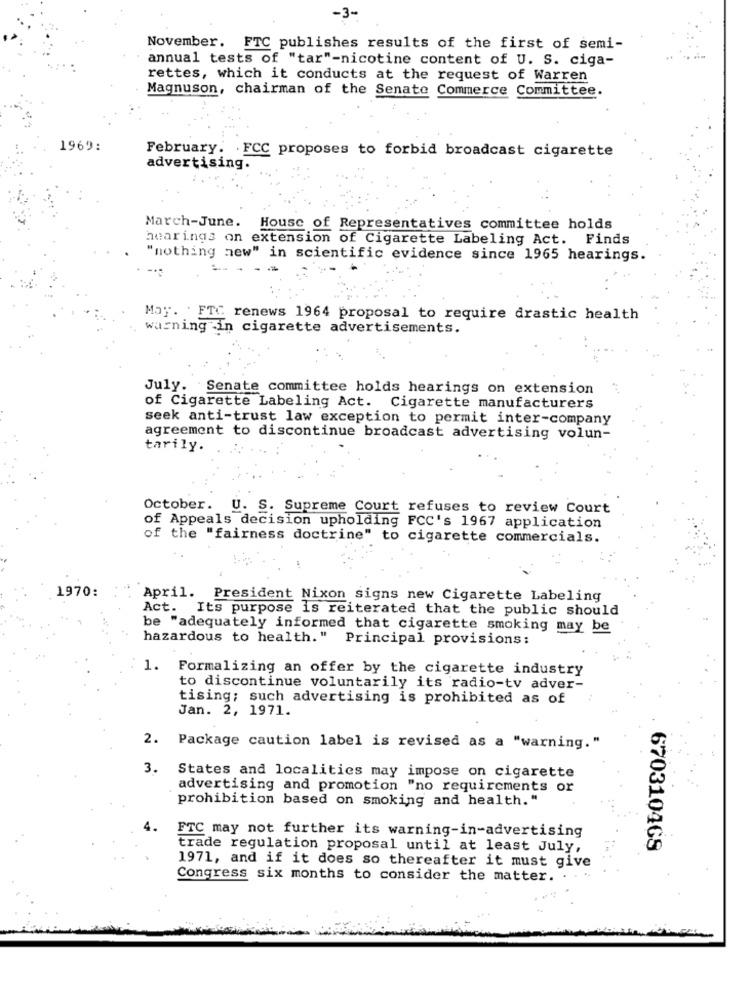
-3-
November. FTC publishes results of the first of semi-
annual tests of "tar"-nicotine content of U. S. ciga-
rettes, which it conducts at the request of Warren
Magnuson, chairman of the Senate Commerce Committee.
1969:
February. FCC proposes to forbid broadcast cigarette
advertising.
March-June. House of Representatives committee holds
hearings on extension of Cigarette Labeling Act. Finds
"nothing new" in scientific evidence since 1965 hearings.
May. . FTC renews 1964 proposal to require drastic health
warning -in cigarette advertisements.
July. Senate committee holds hearings on extension
of Cigarette Labeling Act. Cigarette manufacturers
seek anti-trust law exception to permit inter-company
agreement to discontinue broadcast advertising volun-
tarily.
October. U. S. Supreme Court refuses to review Court
of Appeals decision upholding FCC's 1967 application
of the "fairness doctrine" to cigarette commercials.
1970:
April. President Nixon signs new Cigarette Labeling
Act. Its purpose is reiterated that the public should
be "adequately informed that cigarette smoking may be
hazardous to health." Principal provisions:
1. Formalizing an offer by the cigarette industry
to discontinue voluntarily its radio-tv adver-
tising; such advertising is prohibited as of
Jan. 2, 1971.
2. Package caution label is revised as a "warning."
3. States and localities may impose on cigarette
advertising and promotion "no requirements or
prohibition based on smoking and health."
FTC may not further its warning-in-advertising
trade regulation proposal until at least July,
67031046S
1971, and if it does so thereafter it must give
Congress six months to consider the matter.